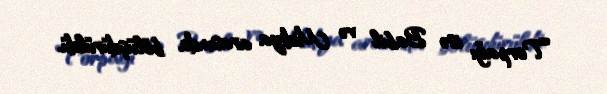
Torpağı isə Babil və Midiya arasında bölüşdürüldü.